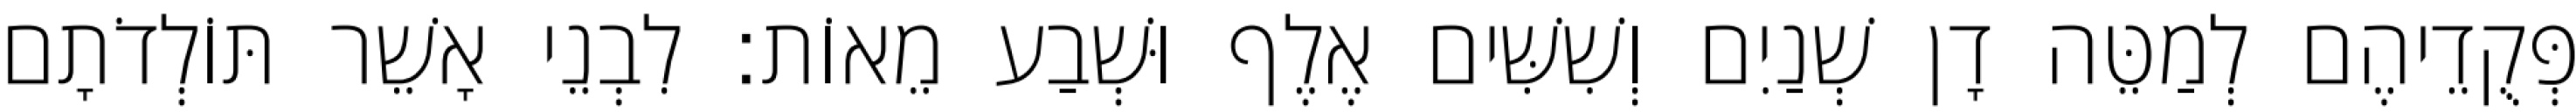
פְּקֻדֵיהֶם לְמַטֵּה דָן שְׁנַיִם וְשִׁשִּׁים אֶלֶף וּשְׁבַע מֵאוֹת׃ לִבְנֵי אָשֵׁר תּוֹלְדֹתָם